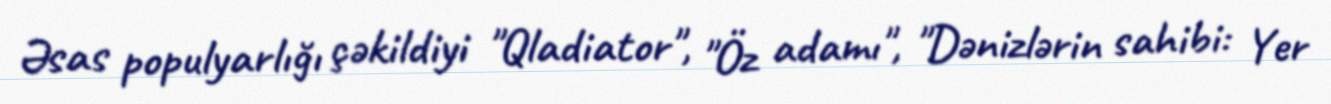
Əsas populyarlığı çəkildiyi "Qladiator", "Öz adamı", "Dənizlərin sahibi: Yer